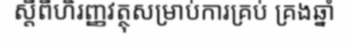
ស្តីពីហិរញ្ញវត្ថុសម្រាប់ការគ្រប់ គ្រងឆ្នាំ